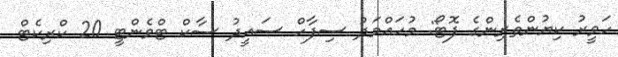
ހަވީރު ކިޔުންތެރިންގެ ފޮޓޯ: މުހައްމަދު ސިފާހް ސައީދު ސާކް ޓްވެންޓީ 20 ކްރިކެޓް